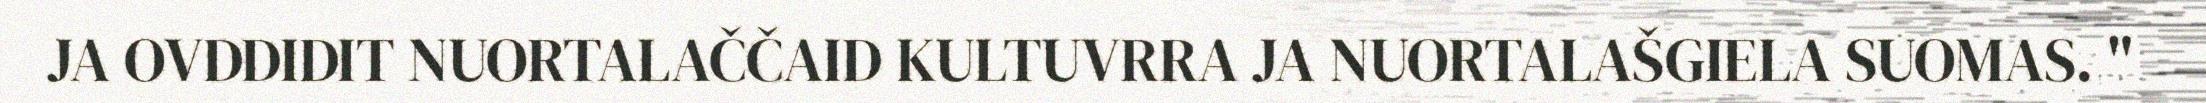
JA OVDDIDIT NUORTALAČČAID KULTUVRRA JA NUORTALAŠGIELA SUOMAS. "